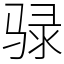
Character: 𫘧